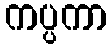
ကပ္ပကာ